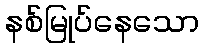
နစ်မြုပ်နေသော